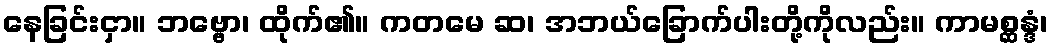
နေခြင်းငှာ။ ဘဗ္ဗော၊ ထိုက်၏။ ကတမေ ဆ၊ အဘယ်ခြောက်ပါးတို့ကိုလည်း။ ကာမစ္ဆန္ဒံ၊